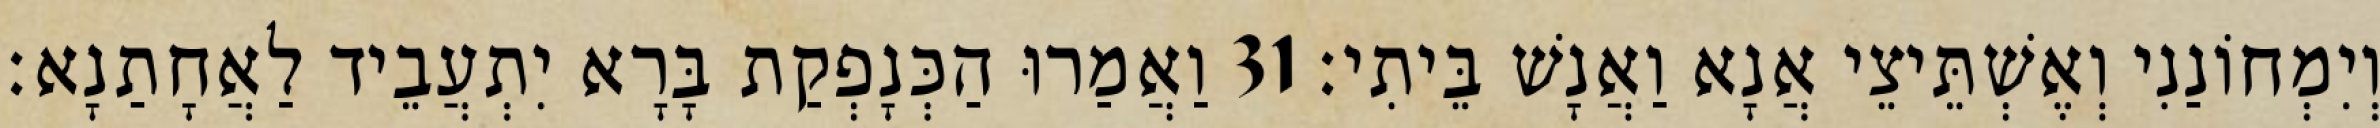
וְיִמְחוֹנַנִי וְאֶשְׁתֵּיצֵי אֲנָא וַאֲנָשׁ בֵּיתִי׃ 31 וַאֲמַרוּ הַכְּנָפְקַת בָּרָא יִתְעֲבֵיד לַאֲחָתַנָא׃